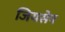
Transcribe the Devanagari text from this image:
जियसेप